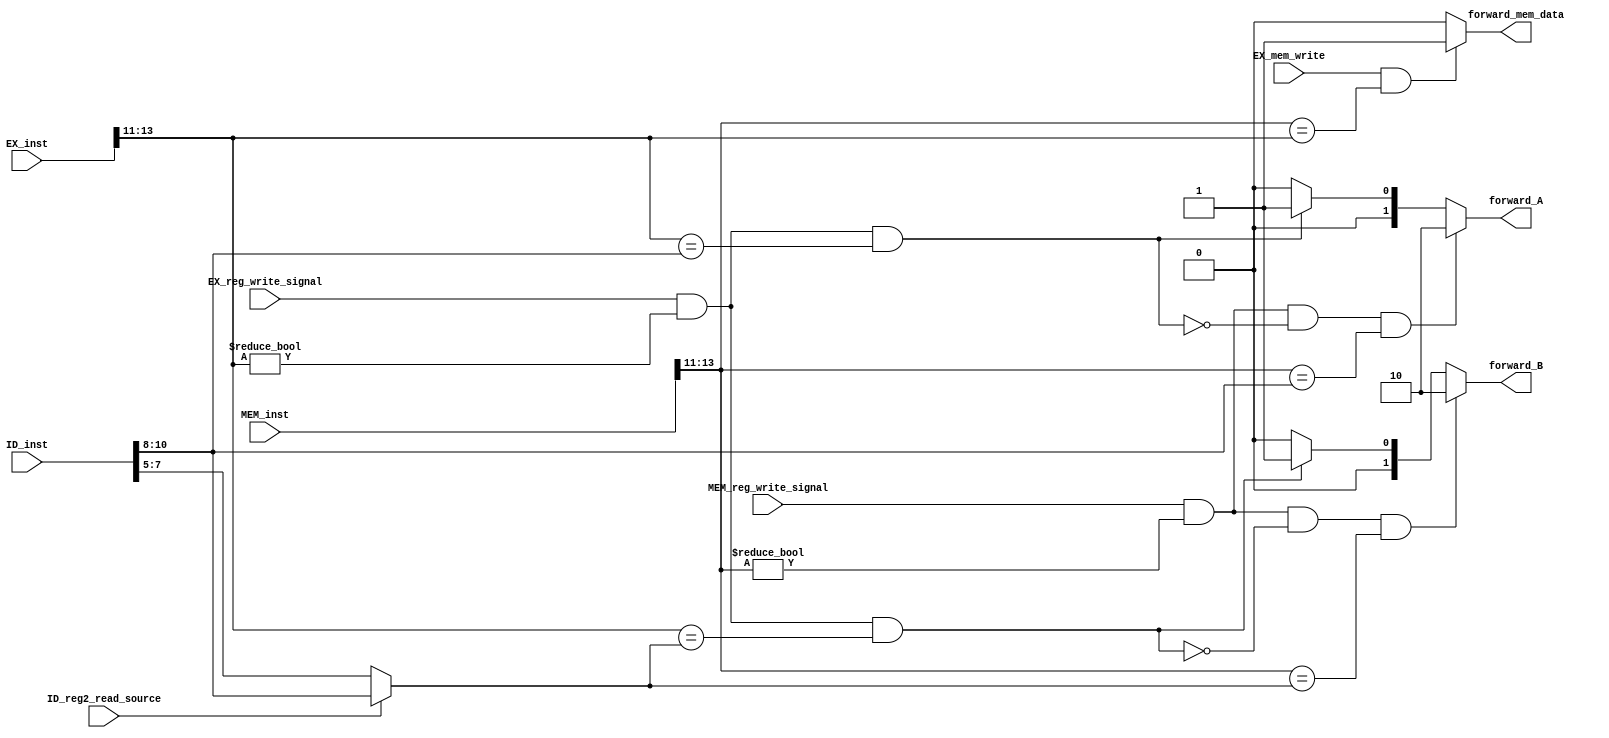
`timescale 1ns/1ns
module ForwardingUnit(input EX_mem_write, ID_reg2_read_source, EX_reg_write_signal, input[18:0] EX_inst, input[18:0] ID_inst, input MEM_reg_write_signal, input[18:0] MEM_inst, output reg[1:0] forward_A, output reg[1:0] forward_B, output reg forward_mem_data);

  initial begin
    forward_A = 2'b00;
    forward_B = 2'b00;
  end
  /* EX hazard */
  always @(EX_reg_write_signal, EX_inst, ID_inst, MEM_reg_write_signal, MEM_inst, EX_mem_write, ID_reg2_read_source) begin
    forward_A = 2'b00;
    forward_B = 2'b00;
    forward_mem_data = 1'b0;

    if(EX_reg_write_signal == 1'b1 & (EX_inst[13:11] != 3'b000) & (EX_inst[13:11] == ID_inst[10:8]))
      forward_A = 2'b01;
   
    if(EX_reg_write_signal & (EX_inst[13:11] != 3'b000) & (EX_inst[13:11] == (ID_reg2_read_source ? ID_inst[10:8] : ID_inst[7:5])))
      forward_B = 2'b01;


  /* MEM hazard */
    if(MEM_reg_write_signal == 1'b1 & (MEM_inst[13:11] != 3'b000) & ~(EX_reg_write_signal == 1'b1 & (EX_inst[13:11] != 3'b000) & (EX_inst[13:11] == ID_inst[10:8])) & (MEM_inst[13:11] == ID_inst[10:8]))
      forward_A = 2'b10;

    if(MEM_reg_write_signal == 1'b1 & (MEM_inst[13:11] != 3'b000)
  & 
~(EX_reg_write_signal & (EX_inst[13:11] != 3'b000) & (EX_inst[13:11] == (ID_reg2_read_source ? ID_inst[10:8] : ID_inst[7:5])))

  &  
  (MEM_inst[13:11] == (ID_reg2_read_source ? ID_inst[10:8] : ID_inst[7:5]))

)
      forward_B = 2'b10;

  /*   MEM to EX forward   */
  if(EX_mem_write == 1'b1 & (MEM_inst[13:11] == EX_inst[13:11]))
    forward_mem_data = 1'b1;
  end

endmodule